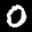
Label: 0